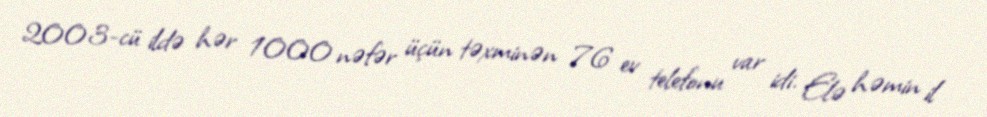
2003-cü ildə hər 1000 nəfər üçün təxminən 76 ev telefonu var idi. Elə həmin il